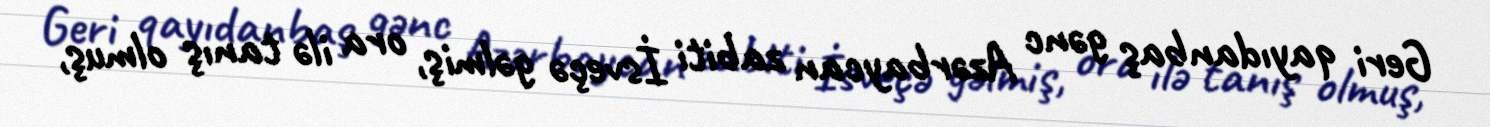
Geri qayıdanbaş gənc Azərbaycan zabiti İsveçə gəlmiş, ora ilə tanış olmuş,